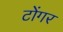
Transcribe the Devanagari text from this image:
टोंगर